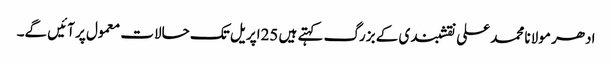
ادھر مولانا محمد علی نقشبندی کے بزرگ کہتے ہیں 25اپریل تک حالات معمول پر آئیں گے۔